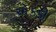
એકકી